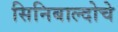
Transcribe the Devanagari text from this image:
सिनिबाल्दोचे